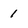
Character: 1